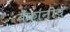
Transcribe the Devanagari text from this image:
बँकांनीच